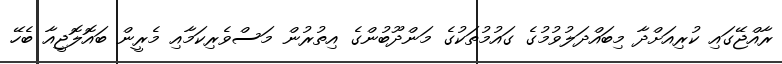
ރާއްޖޭގައި ކުރިއަށްދާ މިބައްދަލުވުމުގެ ގައުމުތަކުގެ މަންދޫބުންގެ އިތުރުން މަސްވެރިކަމާއި މެރީން ބައޮލޮޖީއާ ބެހޭ